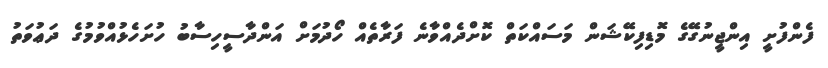
ފެންފުށީ އިންޖީނުގޭގެ މޮޑިފިކޭޝަން މަސައްކަތް ކޮށްދެއްވާނެ ފަރާތެއް ހޯދުމަށް އަންދާސީހިސާބު ހުށަހެޅުއްވުމުގެ ދަޢުވަތު